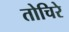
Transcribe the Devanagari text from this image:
तोचिरे